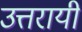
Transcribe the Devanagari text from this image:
उत्तरायी